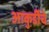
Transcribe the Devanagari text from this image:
आकुर्डीचे